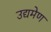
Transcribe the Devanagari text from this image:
उद्यमेण